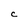
Character: C